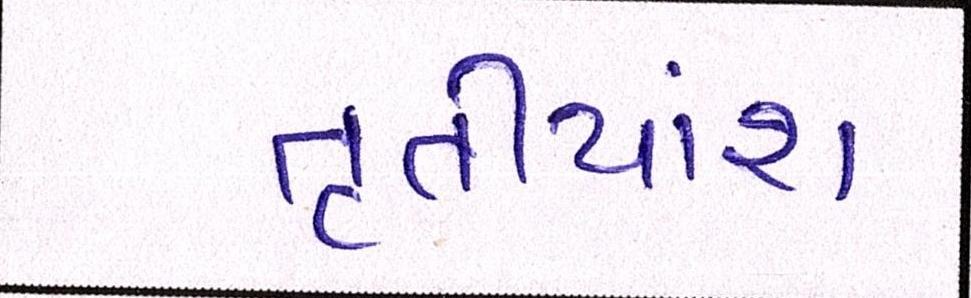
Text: તૃતીયાંશ